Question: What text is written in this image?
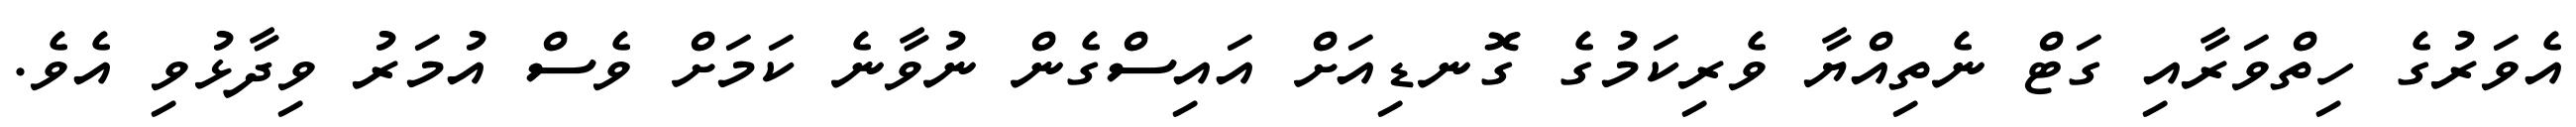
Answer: އެވަރުގެ ހިތްވަރާއި ގަޓް ނެތިއްޔާ ވެރިކަމުގެ ގޮނޑިއަށް އައިސްގެން ނުވާނެ ކަމަށް ވެސް އުމަރު ވިދާޅުވި އެވެ.